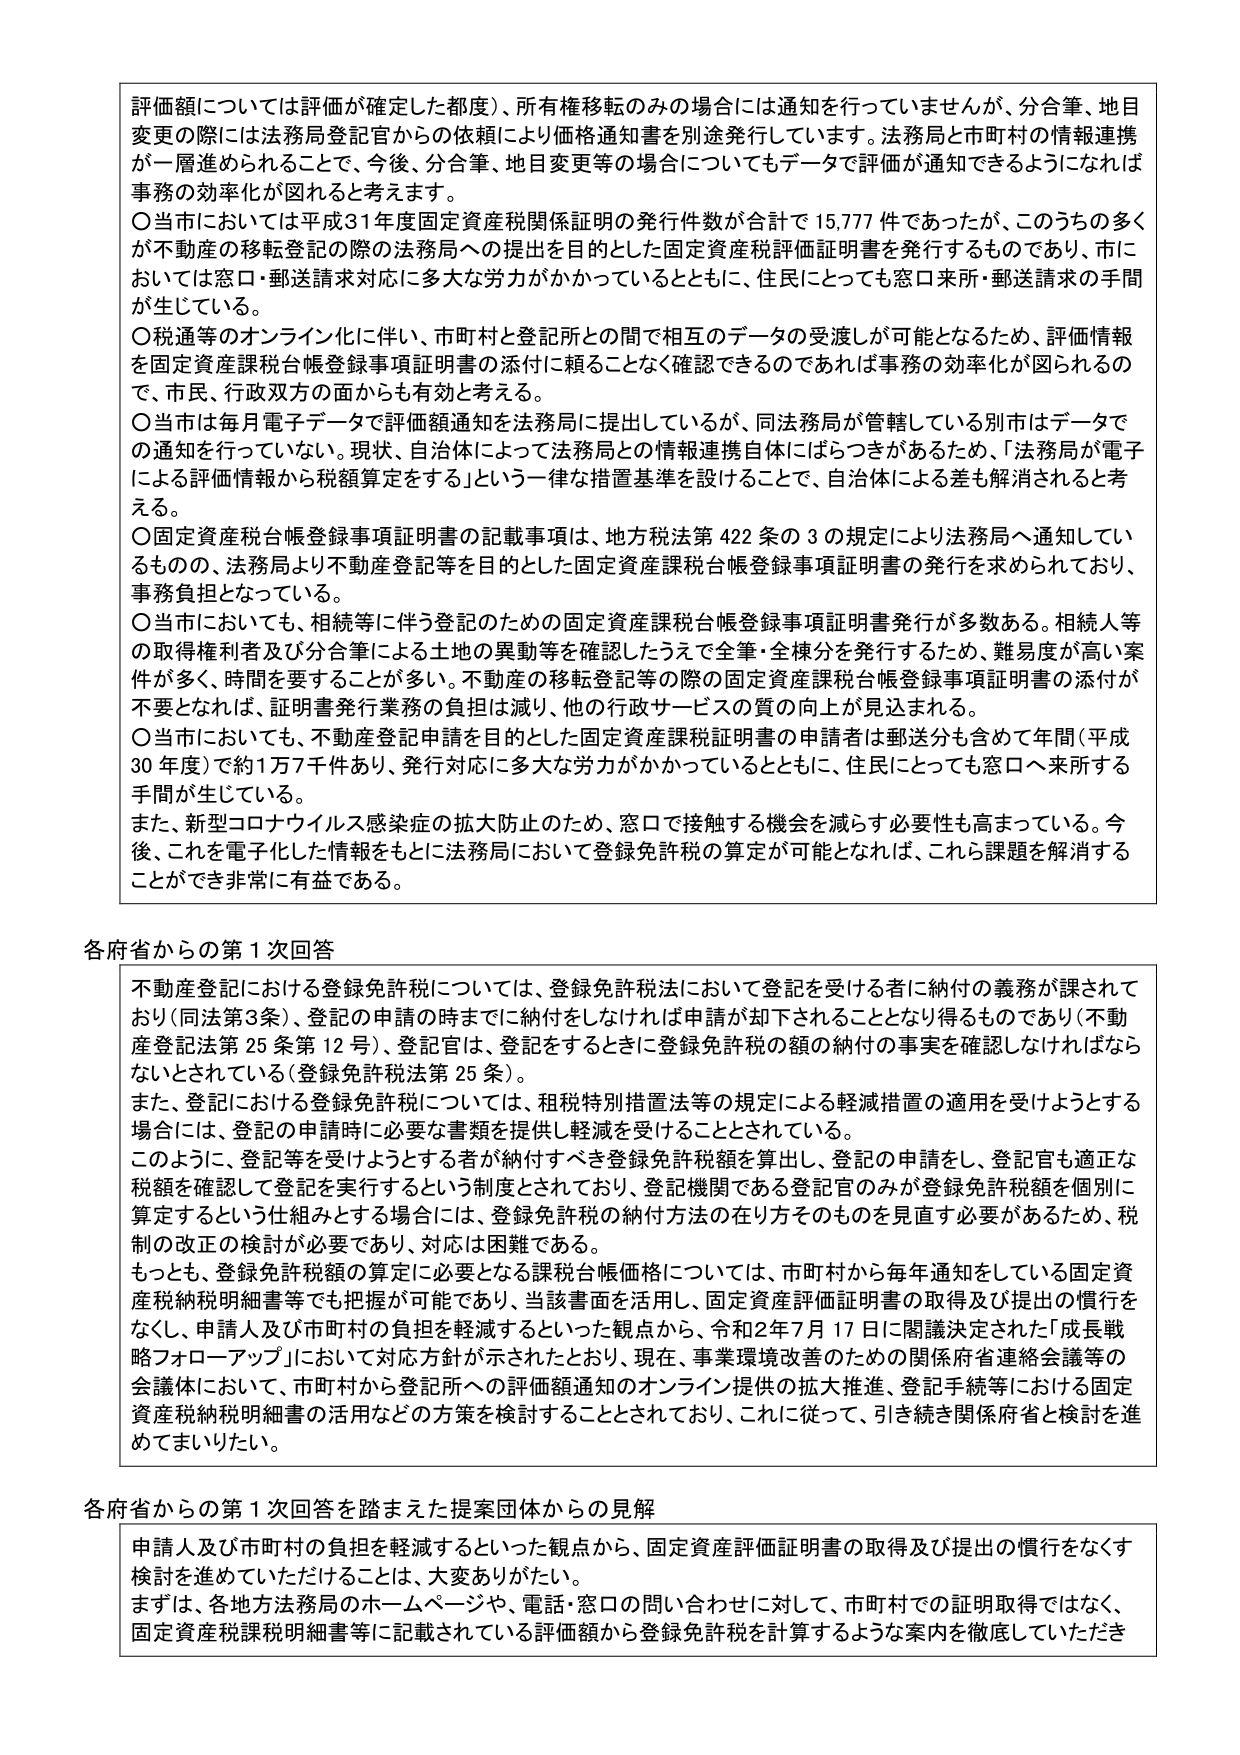
評価額については評価が確定した都度）、所有権移転のみの場合には通知を行っていませんが、分合筆、地目変更の際には法務局登記官からの依頼により価格通知書を別途発行しています。法務局と市町村の情報連携が一層進められることで、今後、分合筆、地目変更等の場合についてもデータで評価が通知できるようになれば事務の効率化が図れると考えます。

〇当市においては平成31年度固定資産税関係証明の発行件数が合計で15,777件であったが、このうちの多くが不動産の移転登記の際の法務局への提出を目的とした固定資産税評価証明書を発行するものであり、市においては窓口・郵送請求対応に多大な労力がかかっているとともに、住民にとっても窓口来所・郵送請求の手間が生じている。

〇税通等のオンライン化に伴い、市町村と登記所との間で相互のデータの受渡しが可能となるため、評価情報を固定資産課税台帳登録事項証明書の添付に頼ることなく確認できるのであれば事務の効率化が図られるので、市民、行政双方の面からも有効と考える。

〇当市は毎月電子データで評価額通知を法務局に提出しているが、同法務局が管轄している別市はデータでの通知を行っていない。現状、自治体によって法務局との情報連携自体にばらつきがあるため、「法務局が電子による評価情報から税額算定をする」という一律の措置基準を設けることで、自治体による差も解消されると考える。

〇固定資産税台帳登録事項証明書の記載事項は、地方税法第422条の3の規定により法務局へ通知しているものの、法務局より不動産登記等を目的とした固定資産課税台帳登録事項証明書の発行を求められており、事務負担となっている。

〇当市においても、相続等に伴う登記のための固定資産課税台帳登録事項証明書発行が多数ある。相続人等の取得権利者及び分合筆による土地の異動等を確認したうえで全筆・全棟分を発行するため、難易度が高い案件が多く、時間を要することが多い。不動産の移転登記等の際の固定資産課税台帳登録事項証明書の添付が不要となれば、証明書発行業務の負担は減り、他の行政サービスの質の向上が見込まれる。

〇当市においても、不動産登記申請を目的とした固定資産課税証明書の申請者は郵送分も含めて年間（平成30年度）で約1万7千件あり、発行対応に多大な労力がかかっているとともに、住民にとっても窓口へ来所する手間が生じている。

また、新型コロナウイルス感染症の拡大防止のため、窓口で接触する機会を減らす必要性も高まっている。今後、これを電子化した情報をもとに法務局において登録免許税の算定が可能となれば、これら課題を解消することができ非常に有益である。

各府省からの第1次回答

不動産登記における登録免許税については、登録免許税法において登記を受ける者に納付の義務が課されており（同法第3条）、登記の申請の時までに納付をしなければ申請が却下されることとなり得るものであり（不動産登記法第25条第12号）、登記官は、登記をするときに登録免許税の額の納付の事実を確認しなければならないとされている（登録免許税法第25条）。

また、登記における登録免許税については、租税特別措置法等の規定による軽減措置の適用を受けようとする場合には、登記の申請時に必要な書類を提供し軽減を受けることとされている。

このように、登記等を受けようとする者が納付すべき登録免許税額を算出し、登記の申請をし、登記官も適正な税額を確認して登記を実行するという制度とされており、登記機関である登記官のみが登録免許税額を個別に算定するという仕組みとする場合には、登録免許税の納付方法の在り方そのものを見直す必要があるため、税制の改正の検討が必要であり、対応は困難である。

もっとも、登録免許税額の算定に必要となる課税台帳価格については、市町村から毎年通知をしている固定資産税納税明細書等でも把握が可能であり、当該書面を活用し、固定資産評価証明書の取得及び提出の慣行をなくし、申請人及び市町村の負担を軽減するといった観点から、令和2年7月17日に閣議決定された「成長戦略フォローアップ」において対応方針が示されたとおり、現在、事業環境改善のための関係府省連絡会議等の会議体において、市町村から登記所への評価額通知のオンライン提供の拡大推進、登記手続等における固定資産税納税明細書の活用などの方策を検討することとされており、これに従って、引き続き関係府省と検討を進めてまいりたい。

各府省からの第1次回答を踏まえた提案団体からの見解

申請人及び市町村の負担を軽減するといった観点から、固定資産評価証明書の取得及び提出の慣行をなくす検討を進めていただけることは、大変ありがたい。

まずは、各地方法務局のホームページや、電話・窓口の問い合わせに対して、市町村での証明取得ではなく、固定資産税課税明細書等に記載されている評価額から登録免許税を計算するような案内を徹底していただき